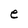
Character: e